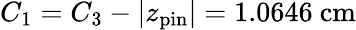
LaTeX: C_{1}=C_{3}-\vert z_{\mathrm{pin}}\vert=1.0646\ \mathrm{cm}